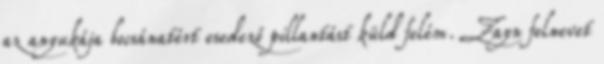
az anyukája bocsánatért esedező pillantást küld felém. Zayn felnevet